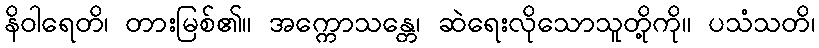
နိဝါရေတိ၊ တားမြစ်၏။ အက္ကောသန္တေ၊ ဆဲရေးလိုသောသူတို့ကို။ ပသံသတိ၊